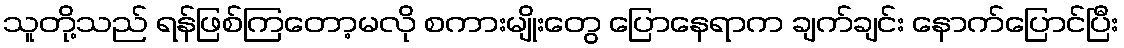
သူတို့သည် ရန်ဖြစ်ကြတော့မလို စကားမျိုးတွေ ပြောနေရာက ချက်ချင်း နောက်ပြောင်ပြီး